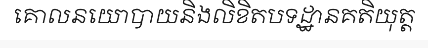
គោលនយោបាយនិងលិខិតបទដ្ឋានគតិយុត្ត